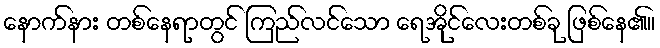
နောက်နား တစ်နေရာတွင် ကြည်လင်သော ရေအိုင်လေးတစ်ခု ဖြစ်နေ၏။